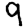
Digit: 9